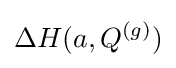
\Delta {H}(a,Q^{(g)})